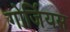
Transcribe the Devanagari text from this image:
गोर्जियस